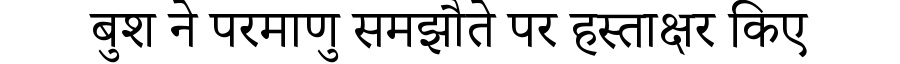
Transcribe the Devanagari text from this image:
बुश ने परमाणु समझौते पर हस्ताक्षर किए